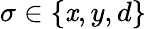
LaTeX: \sigma\in\lbrace\mathit{x},y,d\rbrace